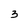
Character: 3